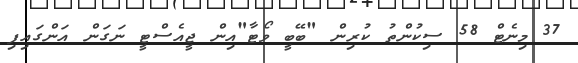
37 މިނެޓް 58 ސިކުންތު ކުރިން "ބޭބީ ވޯޓާ"އިން ޖީއެސްޓީ ނަގަން އަންގައިފި